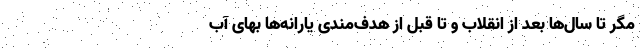
مگر تا سال‌ها بعد از انقلاب و تا قبل از هدف‌مندی یارانه‌ها بهای آب